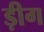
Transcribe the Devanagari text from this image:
ड़ीग